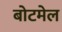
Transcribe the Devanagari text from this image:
बोटमेल